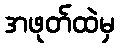
အဖုတ်ထဲမှ